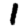
Digit: 1